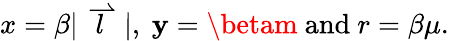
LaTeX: x=\beta|\stackrel{\rightharpoonup}{l}|,\ \mathbf{y}=\betam\ \mathrm{{and}}\ r=\beta\mu.